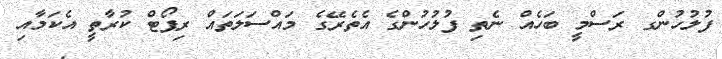
ފުލުހުންގ ރަސްމީ ބަހެއް ނެތި ފުލުހުންގެ އެތެރޭގެ މައްސަލަތައް ރިޕޯޓް ކުރާތީ އެކަމާއި